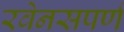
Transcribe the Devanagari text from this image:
रवेनसपर्ण